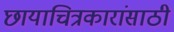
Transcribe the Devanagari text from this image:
छायाचित्रकारांसाठी